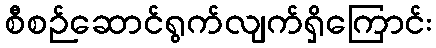
စီစဉ်ဆောင်ရွက်လျက်ရှိကြောင်း